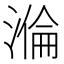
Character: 溣